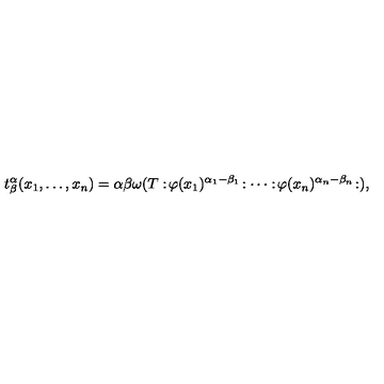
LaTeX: t _ { \beta } ^ { \alpha } ( x _ { 1 } , \ldots , x _ { n } ) = { \binom { \alpha } { \beta } } \omega ( T : \! \varphi ( x _ { 1 } ) ^ { \alpha _ { 1 } - \beta _ { 1 } } \! : \cdots : \! \varphi ( x _ { n } ) ^ { \alpha _ { n } - \beta _ { n } } \! : ) ,